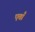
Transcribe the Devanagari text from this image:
एताँ